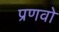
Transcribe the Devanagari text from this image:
प्रणवो